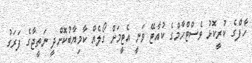
ހާފްގެ ކުރީކޮޅު ވެސްޓްހާމްގެ ކުއާޓޭ ވަނީ އެޓީމަށް ގޯލެއް ކާމިޔާބުކޮށްދީ ނަތީޖާގެ ފަރަގު